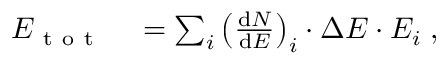
\begin{array} { r l } { E _ { \mathrm { ~ t ~ o ~ t ~ } } } & { { } = \sum _ { i } \left( \frac { \mathrm d N } { \mathrm d E } \right) _ { i } \cdot \Delta E \cdot E _ { i } \; , } \end{array}